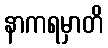
နာကရမှာတိ